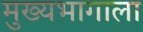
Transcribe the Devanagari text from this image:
मुख्यभागाला